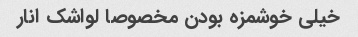
خیلی خوشمزه بودن مخصوصا لواشک انار